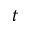
t